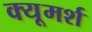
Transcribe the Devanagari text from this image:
क्यूमर्श